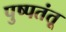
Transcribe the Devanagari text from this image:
पुष्पतंतू